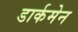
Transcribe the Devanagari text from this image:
डार्कमेन